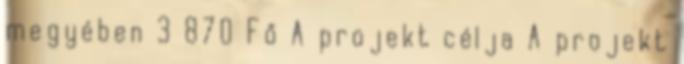
megyében 3 870 Fő A projekt célja A projekt